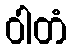
ဝါတံ